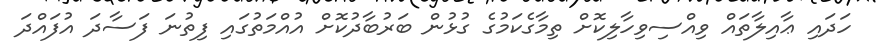
ހަދައި ޢާއިލާތައް ވިއްސިވިހާލިކޮށް ތިމާގެކަމުގެ ގުޅުން ބަރުބާދުކޮށް އުއްމަތުގައި ފިތުނަ ފަސާދަ އުފައްދަ